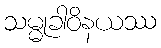
သမ္မုခါဝိနယဿ